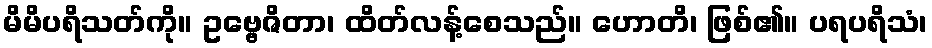
မိမိပရိသတ်ကို။ ဥဗ္ဗေဇိတာ၊ ထိတ်လန့်စေသည်။ ဟောတိ၊ ဖြစ်၏။ ပရပရိသံ၊